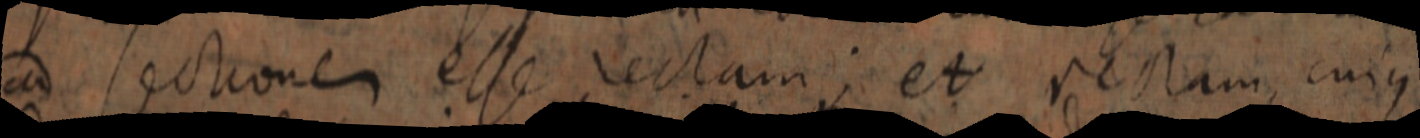
ad sectionem esse rectam; et rectam cujus